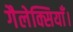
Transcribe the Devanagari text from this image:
गैलेक्सियाँ।